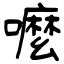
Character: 嚒